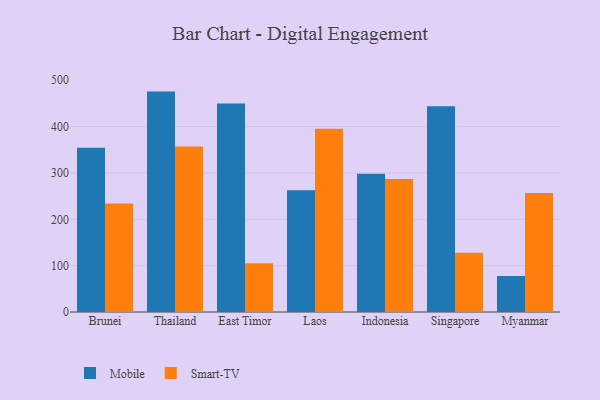
{"axis": {"x": "Country", "y": "Shipments"}, "legend": ["Mobile", "Smart-TV"], "data": [{"x": "Brunei", "y": 354.3, "type": "Mobile"}, {"x": "Brunei", "y": 234.3, "type": "Smart-TV"}, {"x": "Thailand", "y": 475.5, "type": "Mobile"}, {"x": "Thailand", "y": 357.0, "type": "Smart-TV"}, {"x": "East Timor", "y": 449.6, "type": "Mobile"}, {"x": "East Timor", "y": 105.0, "type": "Smart-TV"}, {"x": "Laos", "y": 262.9, "type": "Mobile"}, {"x": "Laos", "y": 395.1, "type": "Smart-TV"}, {"x": "Indonesia", "y": 298.3, "type": "Mobile"}, {"x": "Indonesia", "y": 286.7, "type": "Smart-TV"}, {"x": "Singapore", "y": 443.8, "type": "Mobile"}, {"x": "Singapore", "y": 127.8, "type": "Smart-TV"}, {"x": "Myanmar", "y": 77.7, "type": "Mobile"}, {"x": "Myanmar", "y": 256.6, "type": "Smart-TV"}]}